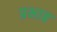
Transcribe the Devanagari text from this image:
प्रभाब